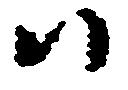
ハ